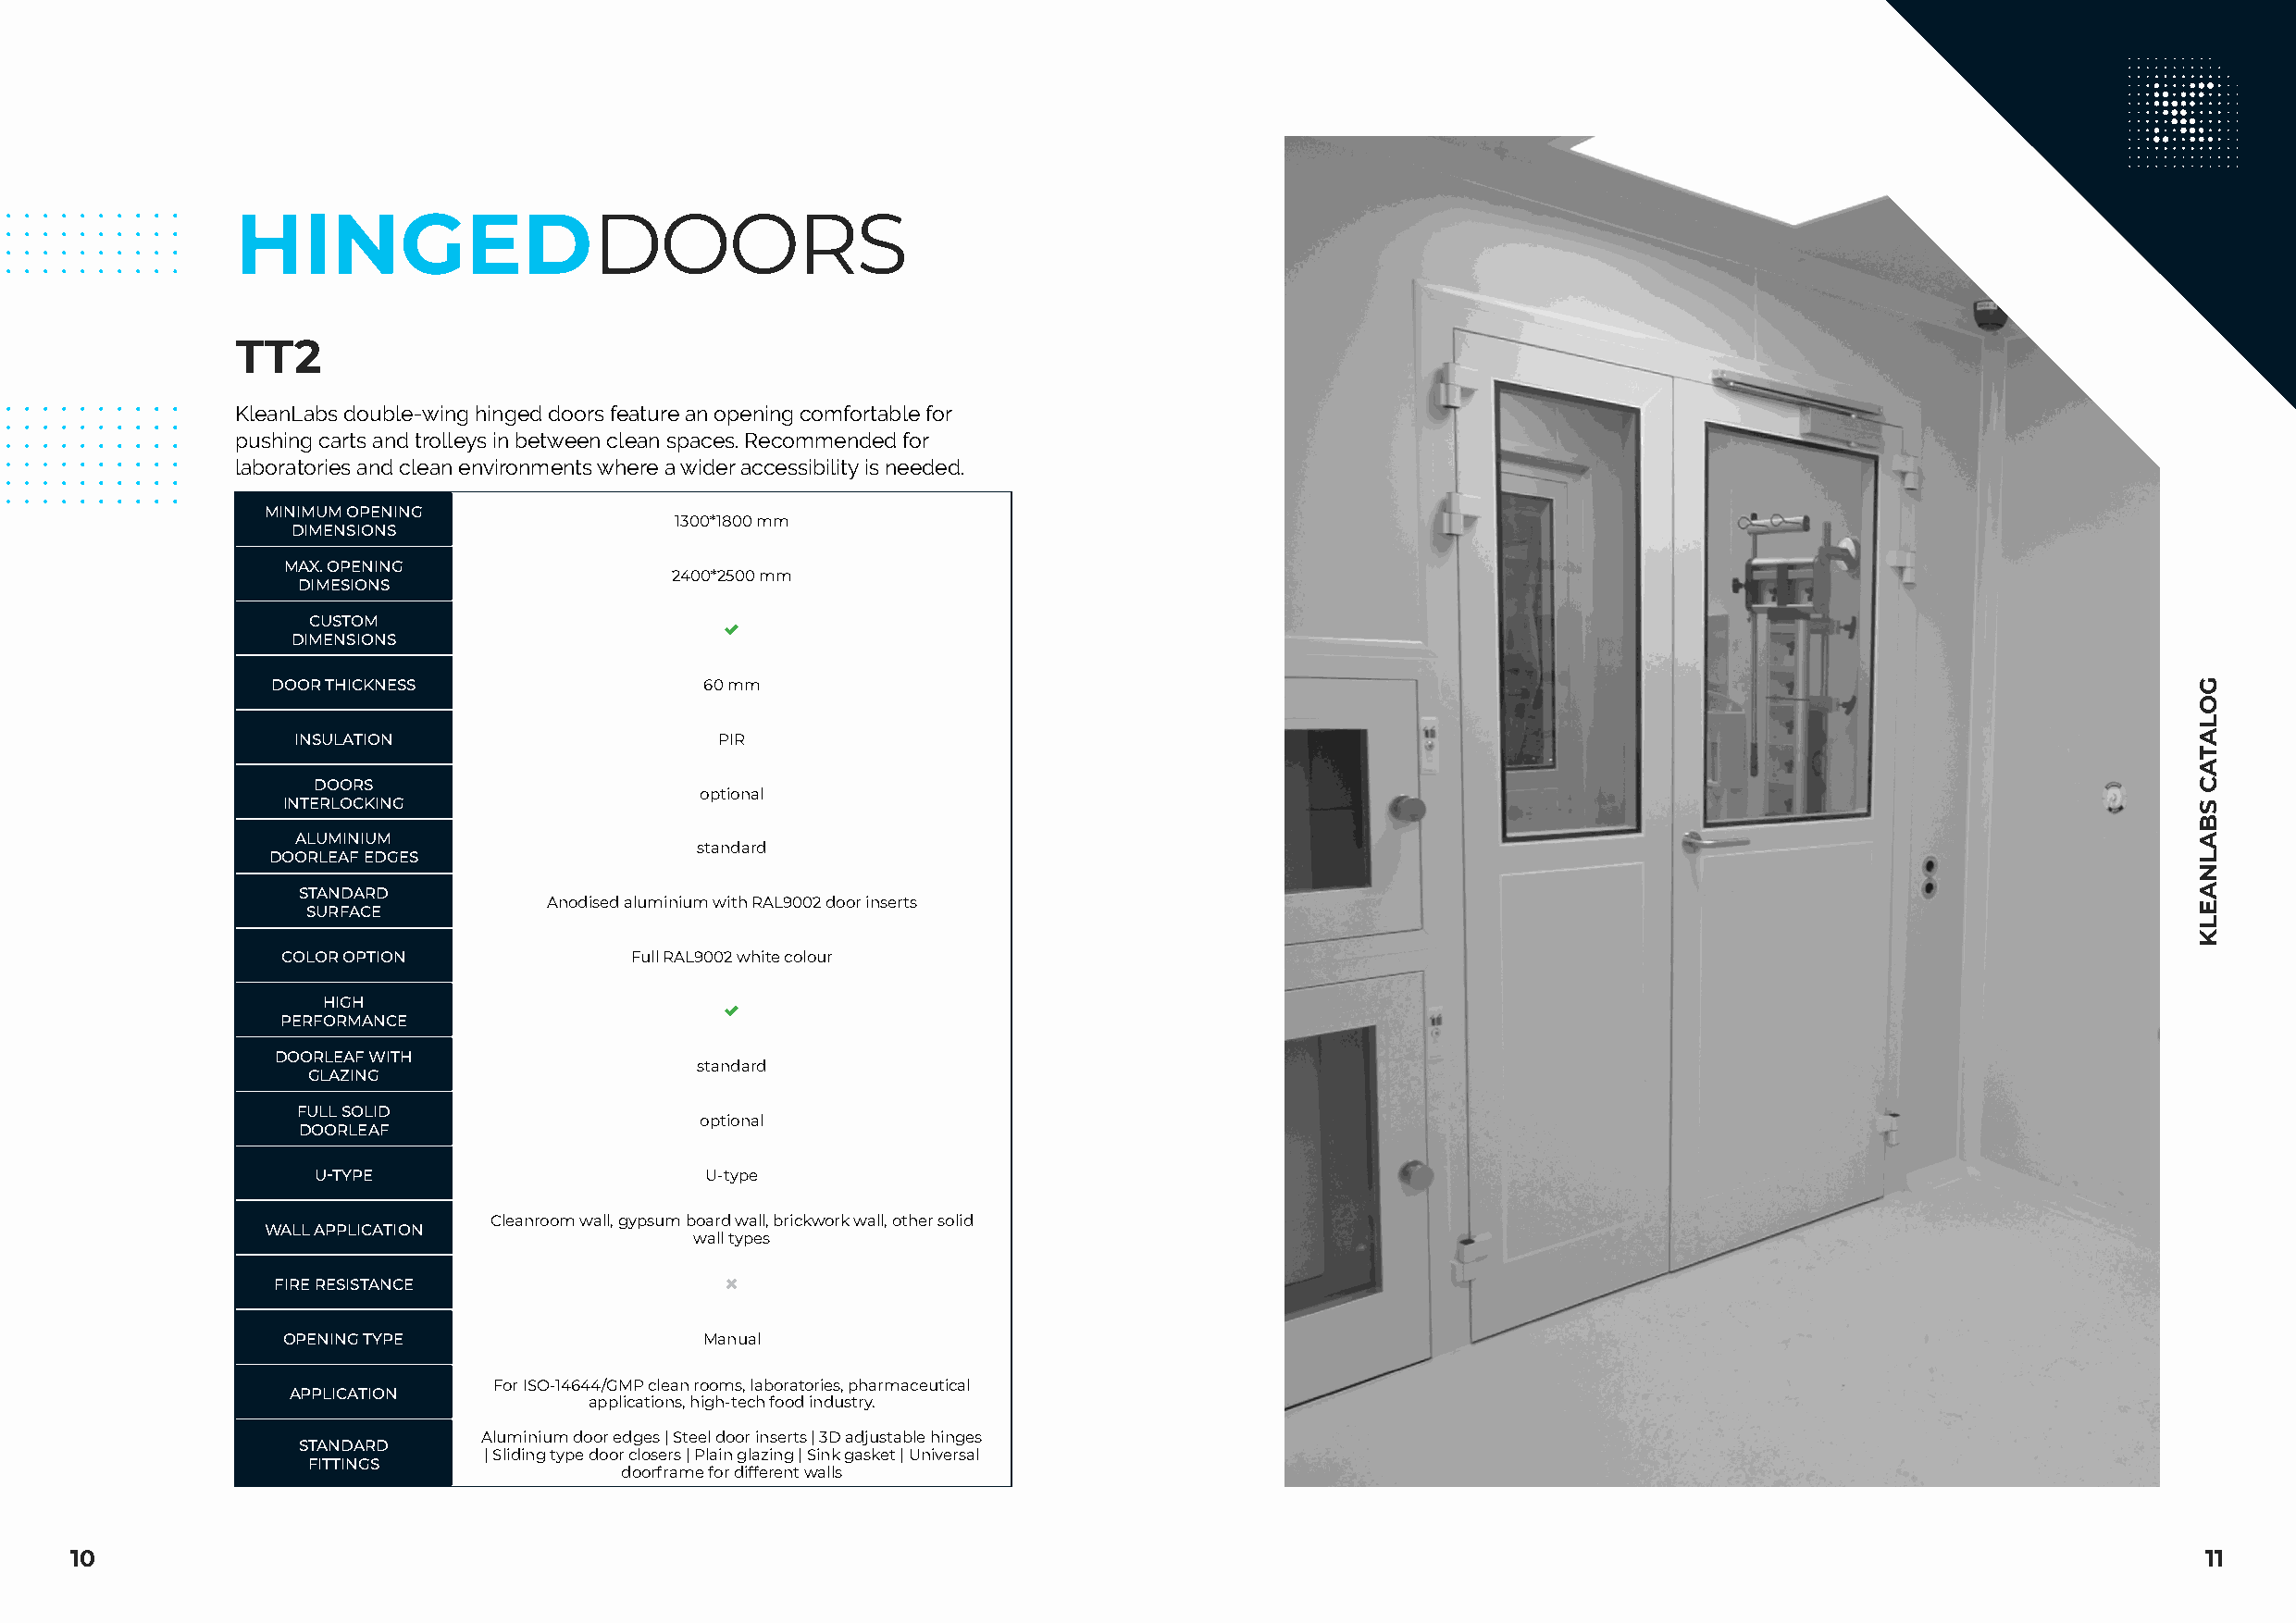
HINGEDDOORS
 TT2
 KleanLabs double-wing hinged doors feature an opening comfortable for
 pushing carts and trolleys in between clean spaces. Recommended for
 laboratories and clean environments where a wider accessibility is needed.
 MINIMUM OPENING
 1300*1800 mm
 DIMENSIONS
 MAX. OPENING
 2400*2500 mm
 DIMESIONS
 CUSTOM
 
 DIMENSIONS
 DOOR THICKNESS                 60 mm
 INSULATION                    PIR
 DOORS
 optional
 INTERLOCKING
 ALUMINIUM
 standard
 DOORLEAF EDGES
 STANDARD
 Anodised aluminium with RAL9002 door inserts
 SURFACE
 COLOR OPTION             Full RAL9002 white colour
 HIGH
 
 PERFORMANCE
 DOORLEAF WITH
 standard
 GLAZING
 FULL SOLID
 optional
 DOORLEAF
 U-TYPE                     U-type
 Cleanroom wall, gypsum board wall, brickwork wall, other solid
 WALL APPLICATION
 wall types
 FIRE RESISTANCE                 
 OPENING TYPE                  Manual
 For ISO-14644/GMP clean rooms, laboratories, pharmaceutical
 APPLICATION
 applications, high-tech food industry.
 Aluminium door edges | Steel door inserts | 3D adjustable hinges
 STANDARD
 | Sliding type door closers | Plain glazing | Sink gasket | Universal
 FITTINGS
 doorframe for different walls
 10                                                                                                                                                       11
 GOLATAC
 SBALNAELK